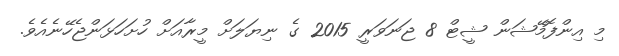
މި އިންފޮމޭޝަން ޝީޓް 8 ޖަނަވަރީ 2015 ގެ ނިޔަލަށް މީރާއަށް ހުށަހަޅަންޖެހޭނެއެވެ.